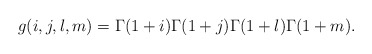
\begin{align*}g(i,j,l,m)= \Gamma(1+i)\Gamma(1+j)\Gamma(1+l)\Gamma(1+m).\end{align*}